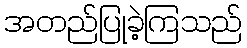
အတည်ပြုခဲ့ကြသည်